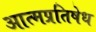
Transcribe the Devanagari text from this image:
आत्मप्रतिषेध